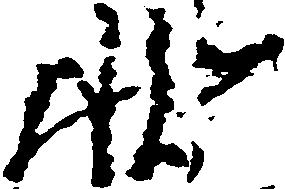
状